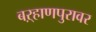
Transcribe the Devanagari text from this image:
बऱ्हाणपुरावर